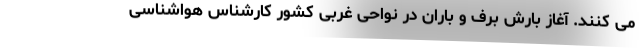
می کنند. آغاز بارش برف و باران در نواحی غربی کشور کارشناس هواشناسی